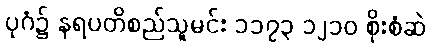
ပုဂံ၌ နရပတိစည်သူမင်း ၁၁၇၃ ၁၂၁၀ စိုးစံဆဲ